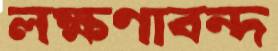
লক্ষণাবন্দ